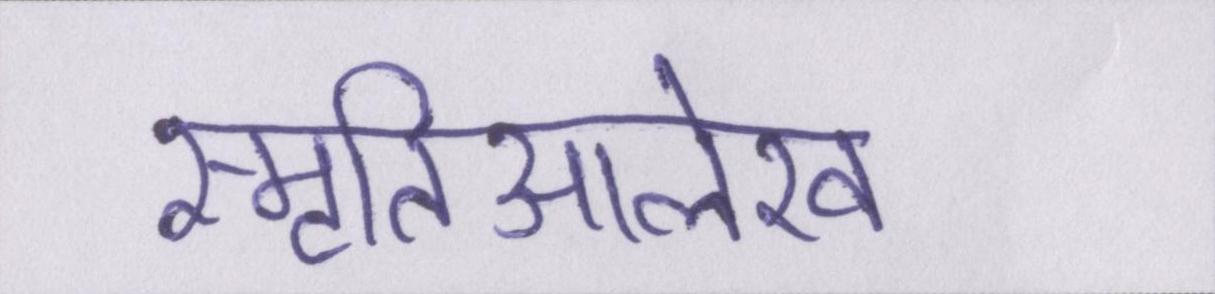
स्मृतिआलेख